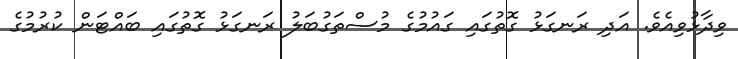
ވިދާޅުވިއެވެ. އަދި ރަނގަޅު ގޮތުގައި ގައުމުގެ މުސްތަގުބަލު ރަނގަޅު ގޮތުގައި ބައްޓަން ކުރުމުގެ